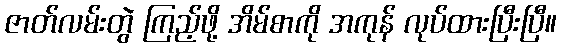
ဇာတ်လမ်းတွဲ ကြည့်ဖို့ အိမ်စာကို အကုန် လုပ်ထားပြီးပြီ။